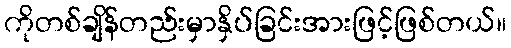
ကိုတစ်ချိန်တည်းမှာနှိပ်ခြင်းအားဖြင့်ဖြစ်တယ်။